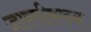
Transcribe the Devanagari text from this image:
जास्तीकरुन